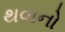
થવાનો